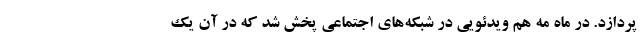
پردازد. در ماه مه هم ویدئویی در شبکه‌های اجتماعی پخش شد که در آن یک